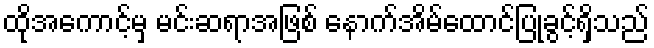
ထိုအကောင့်မှ မင်းဆရာအဖြစ် နောက်အိမ်ထောင်ပြုခွင့်ရှိသည်